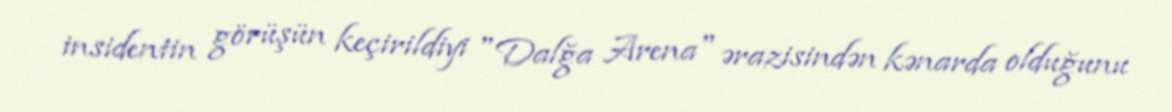
insidentin görüşün keçirildiyi "Dalğa Arena" ərazisindən kənarda olduğunu